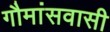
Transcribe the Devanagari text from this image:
गौमांसवासी